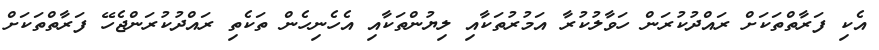
އެކި ފަރާތްތަކަށް ރައްދުކުރަން ހަވާލުކުރާ އަމުރުތަކާއި ލިޔުންތަކާއި އެހެނިހެން ތަކެތި ރައްދުކުރަންޖެހޭ ފަރާތްތަކަށް